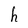
Character: h